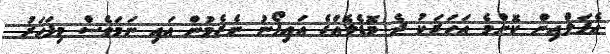
އެޕަލްއިން ކޮންމެ އަހަރަކު ދެ މޮޑެލެއްގެ އައިފޯނު ނެރެމުން އައި ނަމަވެސް މިފަހަރު